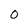
Character: 0